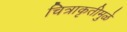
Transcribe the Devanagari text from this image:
चित्राकृतीमुळे